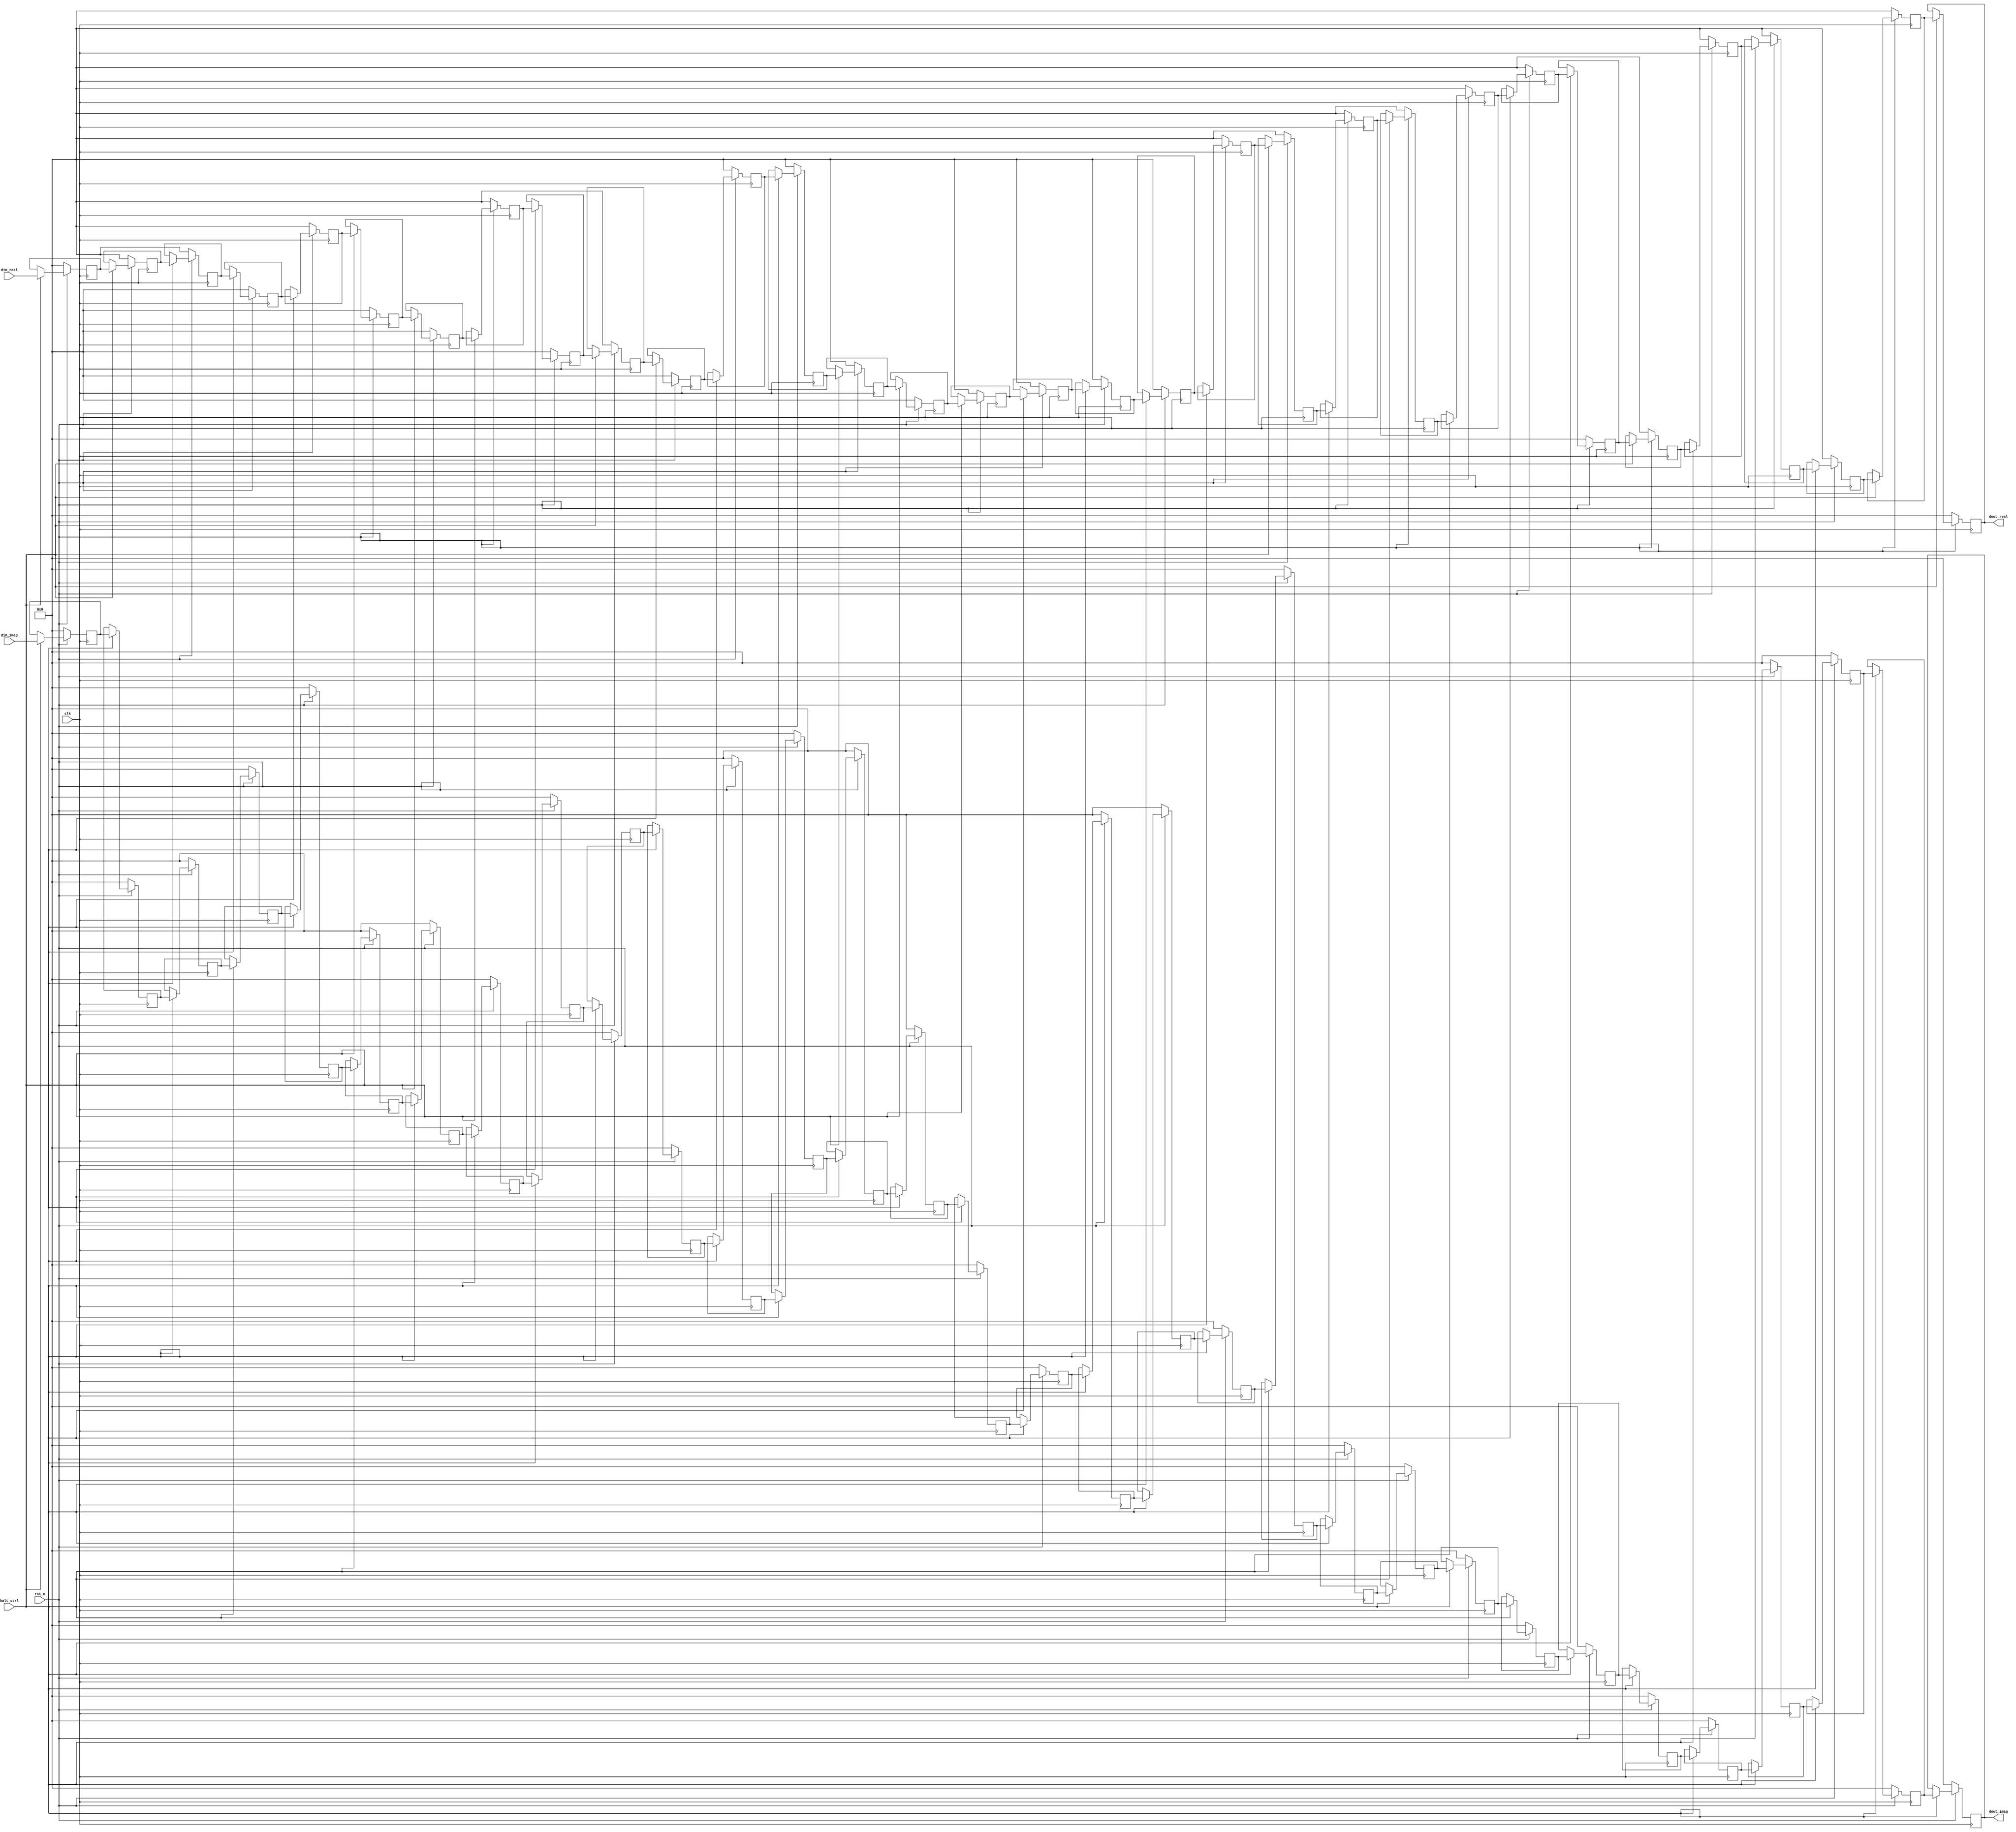
module shift_register
#(
    parameter DATA_WIDTH = 10,
    parameter DEPTH = 32
)(
    input  wire                  clk,
    input  wire                  rst_n,
    input  wire                  halt_ctrl,
    input  wire [DATA_WIDTH-1:0] din_real,
    input  wire [DATA_WIDTH-1:0] din_imag,
    output wire [DATA_WIDTH-1:0] dout_real,
    output wire [DATA_WIDTH-1:0] dout_imag
);

reg [DATA_WIDTH-1:0] reg_real [DEPTH-1:0];
reg [DATA_WIDTH-1:0] reg_imag [DEPTH-1:0];

generate
    genvar i;
    for(i = 1; i < DEPTH; i = i + 1)
    begin: con
        always @(posedge clk)
        begin
            if(!rst_n)
            begin
                reg_real[i] <= 0;
                reg_imag[i] <= 0;
            end
            else if(halt_ctrl)
            begin
                reg_real[i] <= reg_real[i-1];
                reg_imag[i] <= reg_imag[i-1];
            end
            else
            begin
                reg_real[i] <= reg_real[i];
                reg_imag[i] <= reg_imag[i];
            end
        end
    end
endgenerate

always @(posedge clk)
begin
    if(!rst_n)
    begin
        reg_real[0] <= 0;
        reg_imag[0] <= 0;
//        dout_real <= dout_real;
//        dout_imag <= dout_imag;
    end
    else if(halt_ctrl)
    begin
        reg_real[0] <= din_real;
        reg_imag[0] <= din_imag;
//        dout_real <= gen[DEPTH-1].reg_real;
//        dout_imag <= gen[DEPTH-1].reg_imag;
    end
    else
    begin
        reg_real[0] <= reg_real[0];
        reg_imag[0] <= reg_imag[0];
//        dout_real <= dout_real;
//        dout_imag <= dout_imag;
    end
end

assign dout_real = reg_real[DEPTH-1];
assign dout_imag = reg_imag[DEPTH-1];

endmodule